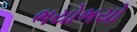
ભયોભયો